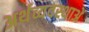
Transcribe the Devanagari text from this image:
अर्थव्यवस्थाअें